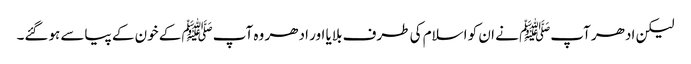
لیکن ادھر آپﷺ نے ان کو اسلام کی طرف بلایا اور ادھر وہ آپﷺ کے خون کے پیاسے ہوگئے۔